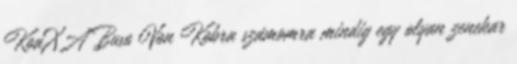
KoaXA Buso Von Kobra számomra mindig egy olyan zenekar